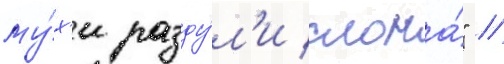
му́х'и разду́л'и слона́" //